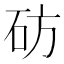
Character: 𬒂